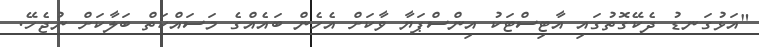
"އަޅުގަނޑު ދެކޭގޮތުގައި އާޓިސްޓަކު އިންސްޕަޔާ ވާކަށް އެހެން ބައެއްގެ މަސައްކަތް ބަލާކަށް ނުޖެހޭ.